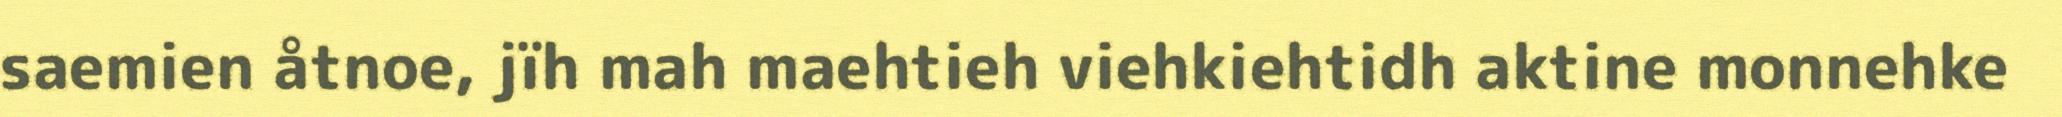
saemien åtnoe, jïh mah maehtieh viehkiehtidh aktine monnehke